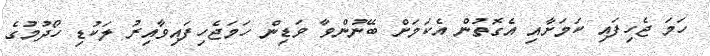
ހަމަ ޖެހިފައި ކަމަށާއި އެގޮތުން އެކަމަށް ބޭނުންވާ ވަޑިން ހަމަޖެހިފައިވާއިރު ލަކުޑި ހޯދުމުުގެ